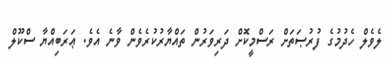
ލެވެލް ހެދުމުގެ ފުރުޞަތަށް ރަސްމީކޮށް ދަރިވަރުން ތައްޔާރުކުރެވެން ވާނެ އެވެ. ޢަރަބިއްޔާ ސްކޫލް